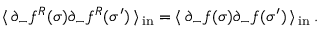
\langle \, \partial _ { - } f ^ { R } ( \sigma ) \partial _ { - } f ^ { R } ( \sigma ^ { \prime } ) \, \rangle \, _ { \mathrm { { i n } } } = \langle \, \partial _ { - } f ( \sigma ) \partial _ { - } f ( \sigma ^ { \prime } ) \, \rangle \, _ { \mathrm { i n } } \, .